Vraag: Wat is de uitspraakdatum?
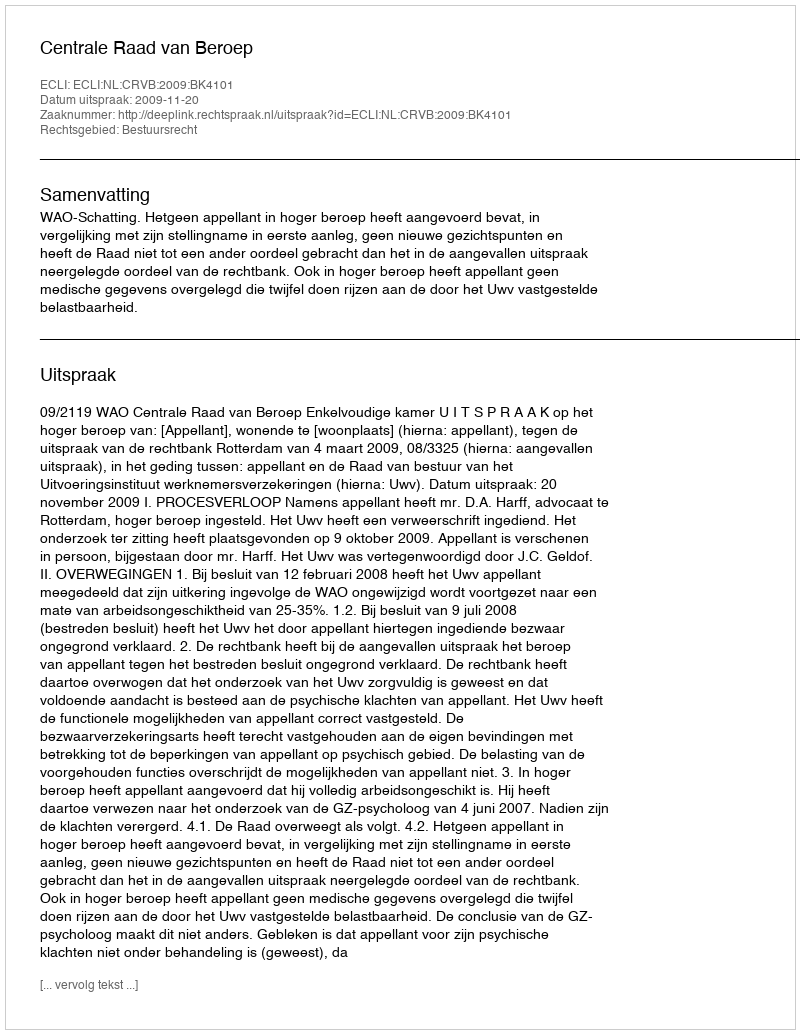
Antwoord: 2009-11-20